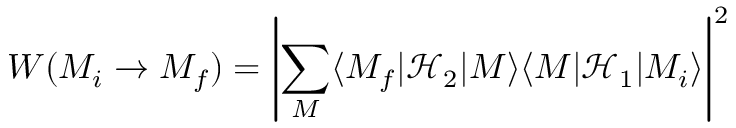
W ( M _ { i } \rightarrow M _ { f } ) = \left| \sum _ { M } \langle M _ { f } | { \mathcal { H } } _ { 2 } | M \rangle \langle M | { \mathcal { H } } _ { 1 } | M _ { i } \rangle \right| ^ { 2 }